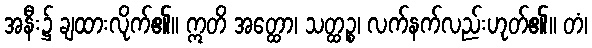
အနီး၌ ချထားလိုက်၏။ ဣတိ အတ္ထော၊ သတ္ထဉ္စ၊ လက်နက်လည်းဟုတ်၏။ တံ၊